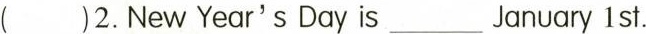
( )2.New Year's Day is___January 1 st.